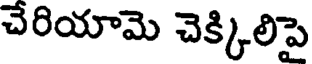
చేరియామె చెక్కిలిపై